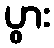
ပွား